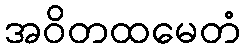
အဝိတထမေတံ